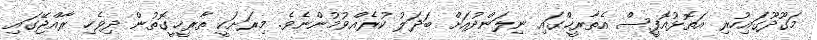
މަގޫދޫގައިހުރި އަތޮޅުއޮފީސް އެތާރީޚްގައި ނިލަންދުއަށް ބަދަލު ކުރެއްވުމުންނެވެ. މިރަށަކީ ތާރީޚީގޮތުން ދިވެހި ރާއްޖޭގައި